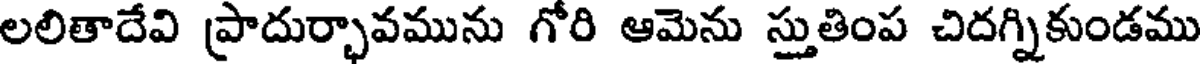
లలితాదేవి ప్రాదుర్భావమును గోరి ఆమెను స్తుతింప చిదగ్నికుండము